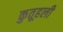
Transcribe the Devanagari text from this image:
कुतूहली